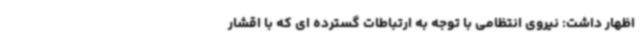
اظهار داشت: نیروی انتظامی با توجه به ارتباطات گسترده ای که با اقشار